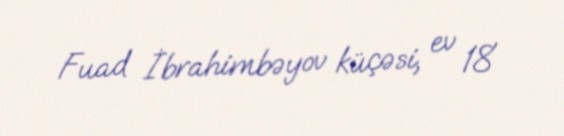
Fuad İbrahimbəyov küçəsi, ev 18